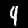
Label: 9